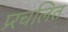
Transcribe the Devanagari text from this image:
प्र्रचलित